Leaving Certificate Examination, 1911
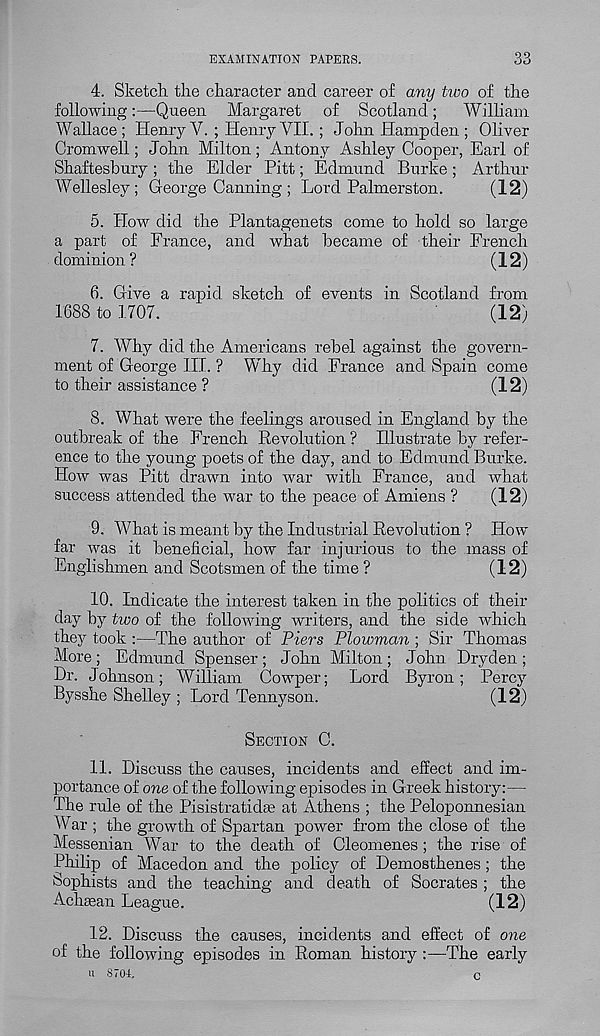
EXAMINATION PAPERS.
33
4. Sketch the character and career of any tioo of the
following:—Queen Margaret of Scotland;
William
Wallace ; Henry V. ; Henry VII. ; John Hampden ; Oliver
Cromwell; John Milton; Antony Ashley Cooper, Earl of
Shaftesbury ; the Elder Pitt; Edmund Burke ; Arthur
Wellesley; George Canning ; Lord Palmerston.
(12)
5. How did the Plantagenets come to hold so large
a part of France, and what became of their French
dominion?
(12)
6. Give a rapid sketch of events in Scotland from
1688 to 1707.
(12)
7. Why did the Americans rebel against the govern-
ment of George III. ? Why did France and Spain come
to their assistance ?
(12)
8. What were the feelings aroused in England by the
outbreak of the French Revolution ? Illustrate by refer-
ence to the young poets of the day, and to Edmund Burke.
How was Pitt drawn into war with France, and what
success attended the war to the peace of Amiens ?
(12)
9. What is meant by the Industrial Revolution ? How
far was it beneficial, how far injurious to the mass of
Englishmen and Scotsmen of the time ?
(12)
10. Indicate the interest taken in the politics of their
day by two of the following writers, and the side which
they took :—The author of Piers Plowman ; Sir Thomas
More ; Edmund Spenser ; John Milton ; John. Dryden ;
Dr. Johnson; William Cowper; Lord Byron; Percy
Bysshe Shelley ; Lord Tennyson.
(12)
Section C.
11. Discuss the causes, incidents and effect and im-
portance of one of the following episodes in Greek history:—
The rule of the Pisistratidie at Athens ; the Peloponnesian
War ; the growth of Spartan power from the close of the
Messenian War to the death of Cleomenes; the rise of
Philip of Macedon and the policy of Demosthenes; the
Sophists and the teaching and death of Socrates ; the
Achasan League.
(12)
12. Discuss the causes, incidents and effect of one
of the following episodes in Roman history :—The early